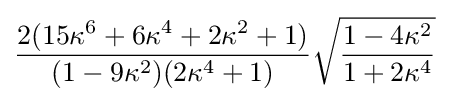
{\frac {2(15\kappa ^{6}+6\kappa ^{4}+2\kappa ^{2}+1)}{(1-9\kappa ^{2})(2\kappa ^{4}+1)}}{\sqrt {\frac {1-4\kappa ^{2}}{1+2\kappa ^{4}}}}